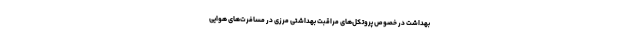
بهداشت در خصوص پروتکل‌های مراقبت بهداشتی مرزی در مسافرت‌های هوایی